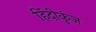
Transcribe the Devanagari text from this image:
हिंदीकुंज